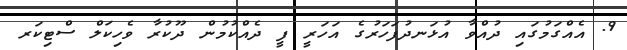
9. އެއްގަމުގައި ދުއްވާ އުޅަނދުފަހަރުގެ އަހަރީ ފީ ދެއްކުމުން ދޫކުރާ ވެހިކަލް ސްޓިކަރ